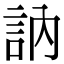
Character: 訥